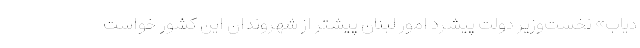
دیاب» نخست‌وزیر دولت پیشرد امور لبنان پیشتر از شهروندان این کشور خواست